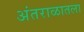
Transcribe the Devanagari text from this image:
अंतराळातला